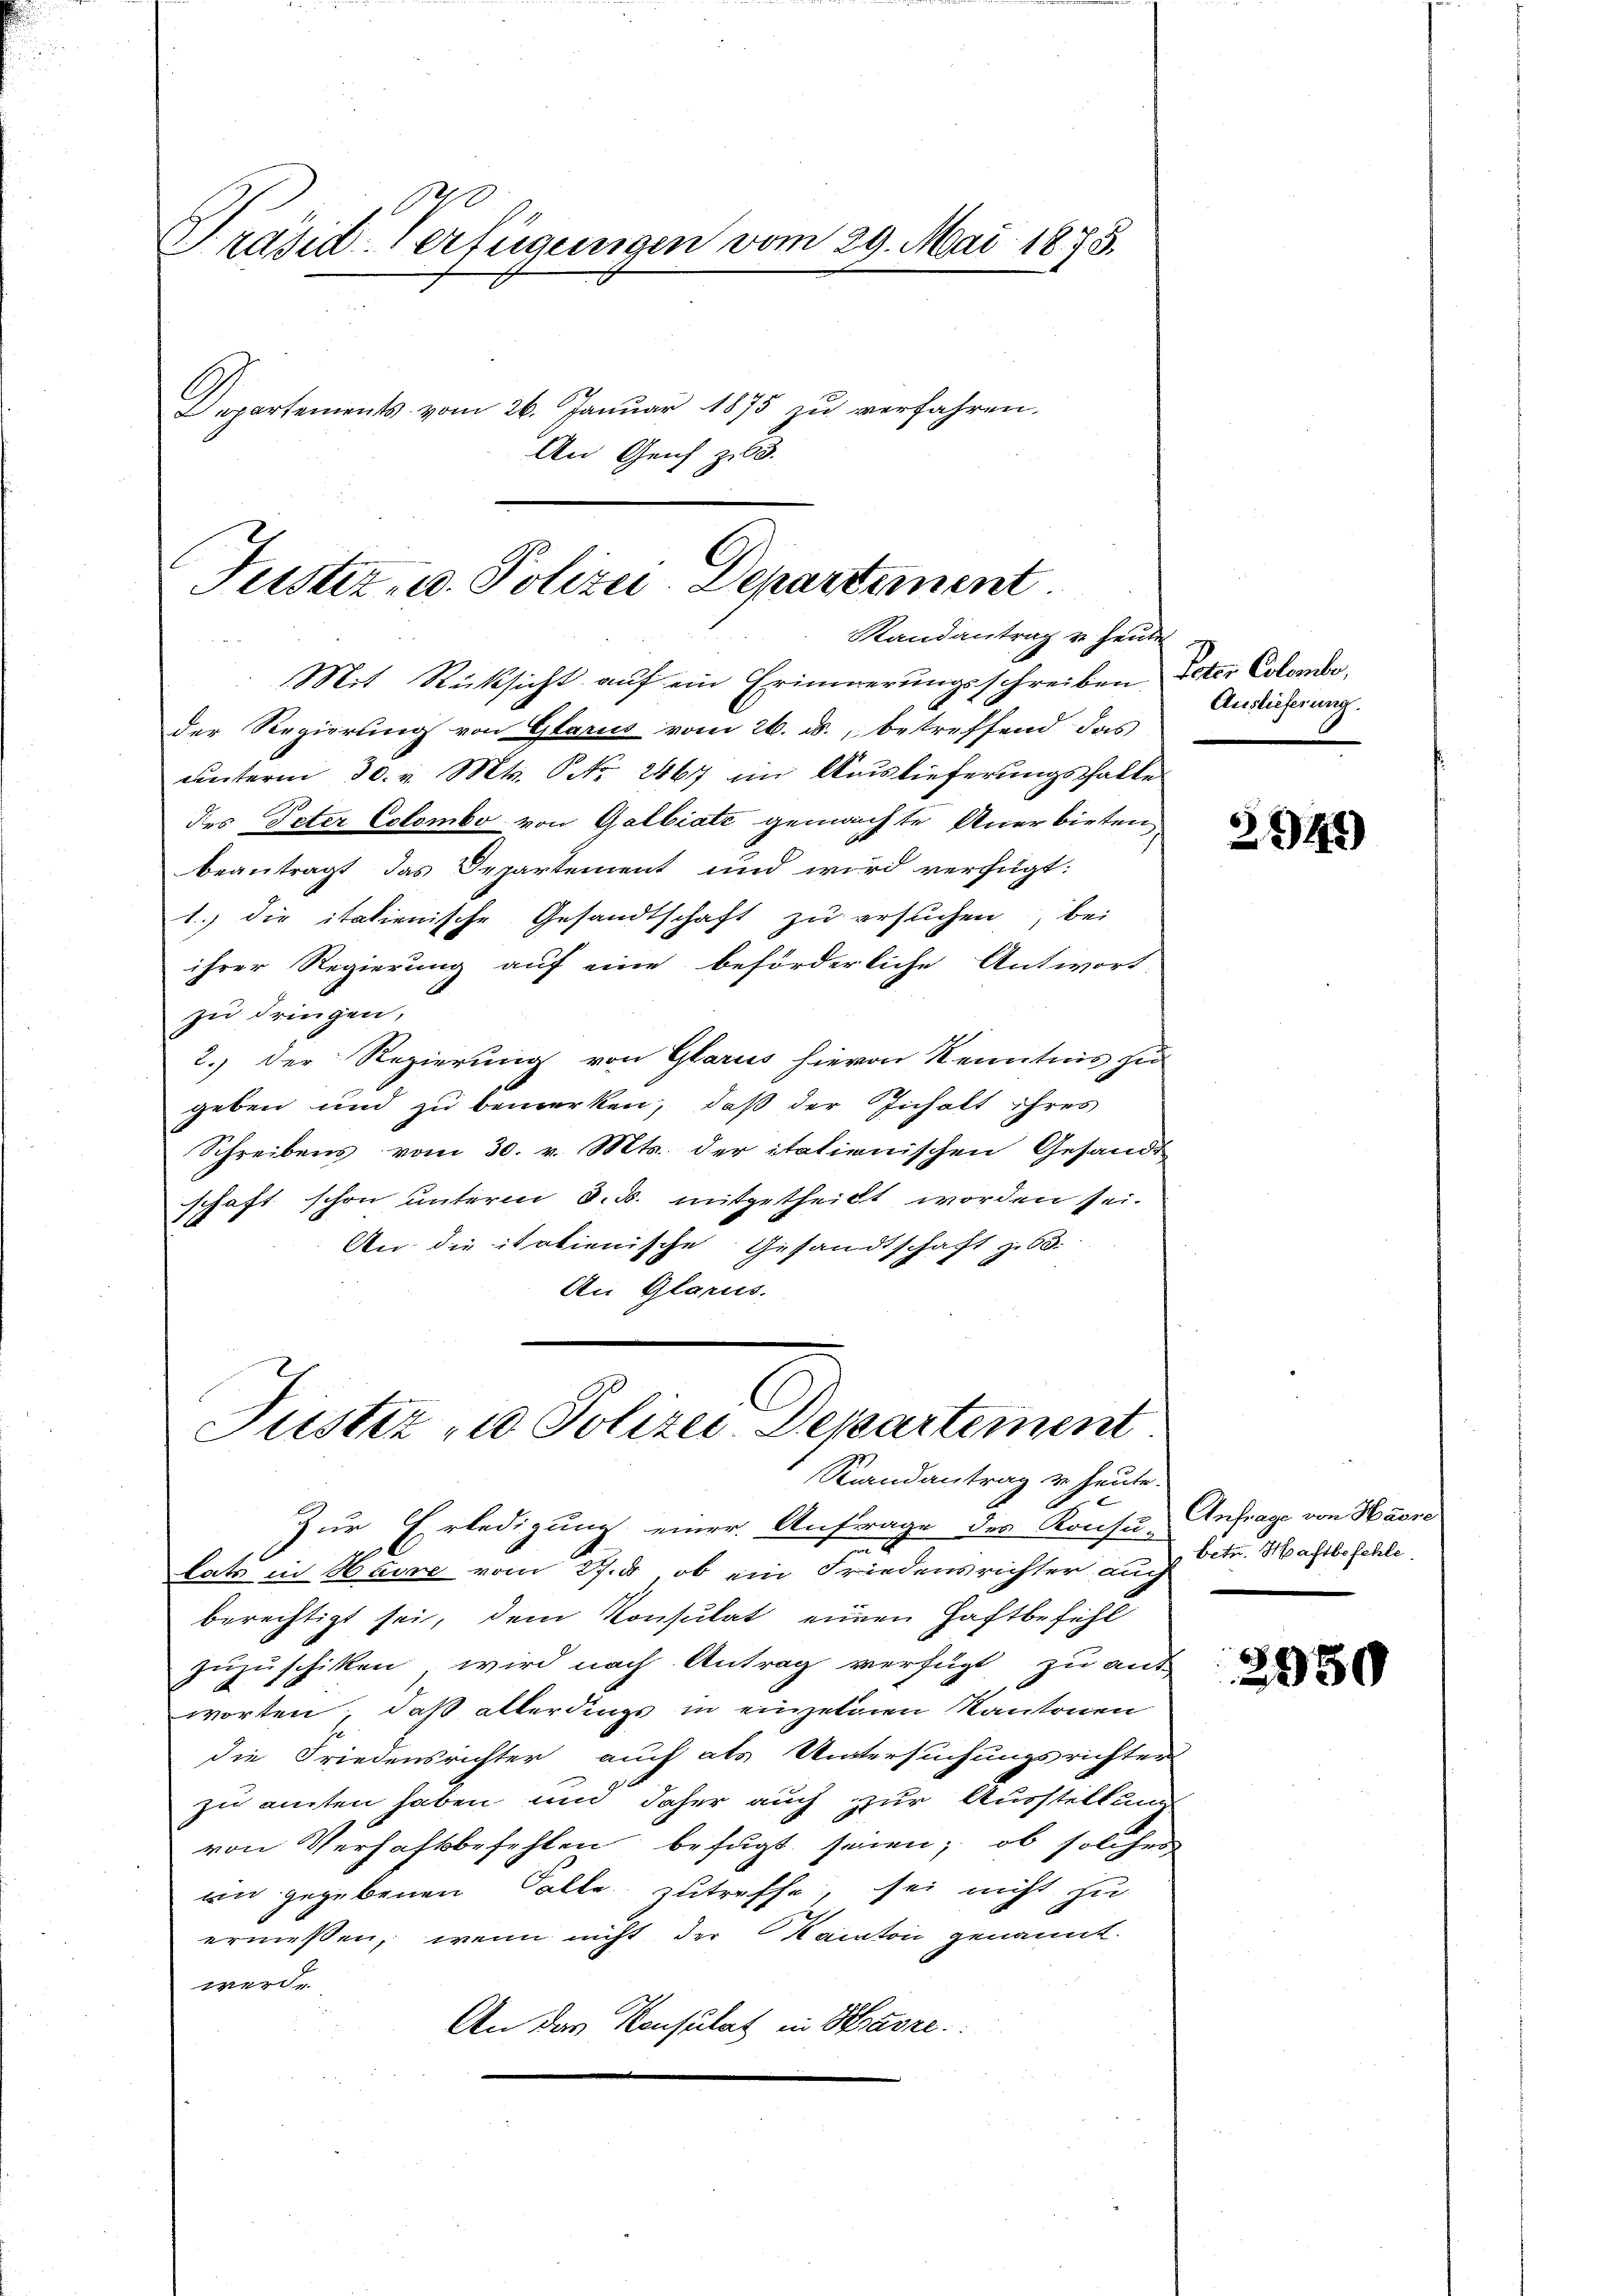
Präsid-Verfügungen vom 29. Mai 1875.
Departements vom 26. Januar 1875 zu verfahren.
An Genf zu 3.

C
Justiz- u. Polizei Departement
Randantrag u. heute

Mit Rücksicht auf ein Erinnerungsschreiben, Peter Colondo,
der Regierung von Glarus vom 26. ds., betreffend das
unterm 30. v. Mts. No. 2467 ein Auslieferungshalte
des Peter Estombo von Galbiate gemachte Anerbieten,
beantragt das Departement und wird verfügt:
1.) die italienische Gesandtschaft zu ersuchen, bei
ihrer Regierung auf eine beförderliche Antwort.
zu dringen,
2.) Der Regierung von Glarus hievon Kenntnis hi
geben und zu bemerken, daß der Inhalt ihres
Schreibens vom 30. v. Mts. der italienischen Gesandt-
schaft schon unterm 8. d. mitgetheilt worden sei.
An die italienische Gesandtschaft zu.
An Glarus.

Jüster, u. Polizei Departement
Randantrag u. heute.

Zur Erledigung einer Anfrage des Konsu- Anfrage von Havre
lats in Havre vom 2., ob ein Friedensrichter auch betr. Machtbefehle
berechtigt sei, dem Konsulat einen Haftbefehl
zuzuschiken wird nach Antrag verfügt zu ant
worten, daß allerdings in einzelnen Kantonen
die Friedensrichter auch als Untersuchungsrichters
zu amten haben und daher auch zur Ausstellung
von Verhaftsbefehlen befugt seinen, ob solcher
an gegebenen Colle zutreffe, sei nicht zu
ermessen, wenn nicht der Kanton genannt.
werd.
An das Konsulat in Harze

Auslieferung.

2541)

6
2950